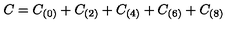
C = C _ { ( 0 ) } + C _ { ( 2 ) } + C _ { ( 4 ) } + C _ { ( 6 ) } + C _ { ( 8 ) }